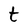
Character: t